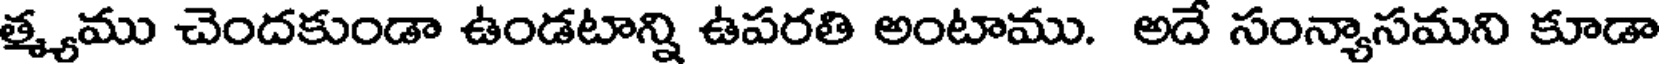
త్మ్యము చెందకుండా ఉండటాన్ని ఉపరతి అంటాము. అదే సంన్యాసమని కూడా